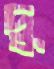
দু